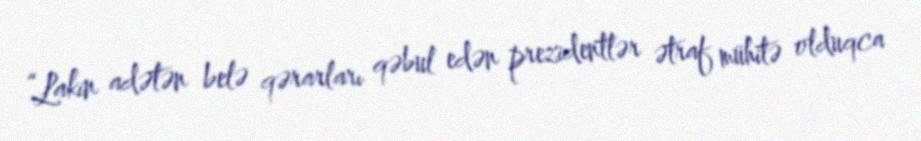
“Lakin adətən belə qərarları qəbul edən prezidentlər ətraf mühitə olduqca